Annual statistical returns and brief notes on vaccination in Bengal - 1887-1898
Year: 1887
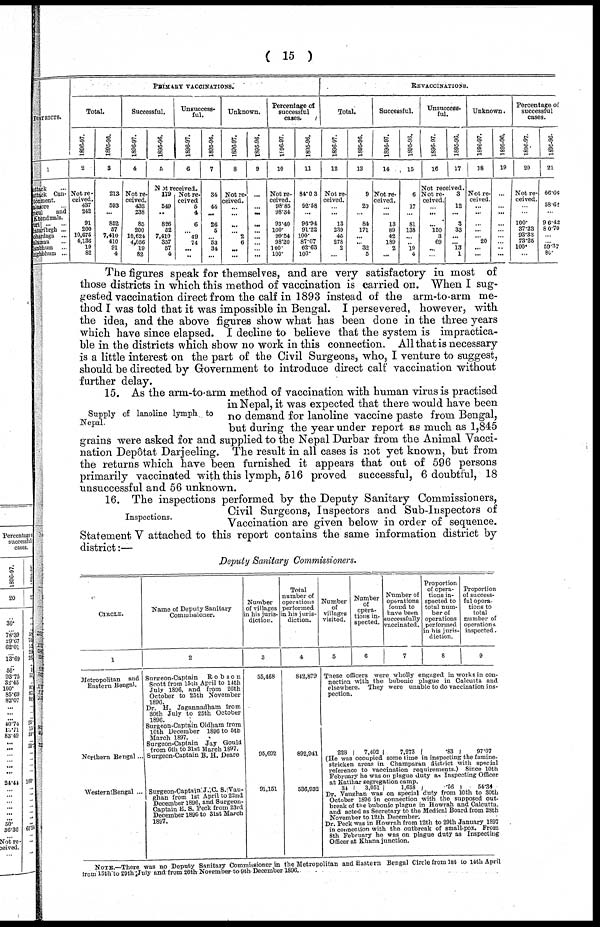
( 15 )
DISTRICTS.
1
Cuttack
...
Cuttack Can-
tonment.
Balasore ...
Agul and
Khondmals.
Puri ... ...
Hajaribrgh ...
Lohardaga ...
Palamau ...
Manbhum ...
Singhbhum ...
PRIMARY VACCINATIONS.
Total.
1896-97.
2
Not re-
ceived.
437 242
91
200
10,675
4,136
19
82
1895-96.
3
213
593
...
852
57
7,410
410
91
4
Successful.
1896-97.
4
Not re-
ceived.
482
238
85
200
10,624
4,056
19
82
1895-96.
5
Unsuccess-
ful.
1896-97.
6
Not received.
179
549
...
826
52
7,410
357
57
4
Not re-
ceived
5
4
6
...
49
74
...
...
1895-96.
7
34
44
...
26
5
...
53
34
...
Unknown.
1896-97.
8
Nor re¬
ceived.
...
...
...
...
2
6
...
...
1895-96.
9
...
...
...
...
...
...
...
...
...
Percentage of
successful
cases.
1996-97.
10
Not re-
ceived.
98.85
98.34
93.40
100.
99.54
98.20
100.
100.
1895-96.
11
84.03
92.58
...
96.94
91.22
100.
87.07
62.63
100.
REVACCINATIONS.
Total.
1896-97.
12
Not re-
ceived.
...
...
13
239
45
278
2
...
1895-96.
13
9
29
...
84
171
...
...
32
5
Successful.
1896-97.
14
Not re-
ceived.
...
...
13
89
42
189
2
...
1895-96.
15
6
17
...
81
138
...
... 19
4
Unsuccess-
ful.
1896-97.
16
1895-96.
17
Not received.
Not re-
ceived.
...
...
...
150
...
69
...
...
3
12
...
3
33
...
...
13
1
Unknown.
1896-97.
18
Not re-
ceived.
...
...
...
...
...
20
...
...
1895-96.
19
...
...
...
...
...
...
...
...
...
Percentage of
successful
cases.
1896-97.
20
Not re-
ceived.
...
...
100.
37.23
93.33
73.25
100.
...
1895-96.
21
66.66
58.62
...
96.42
80.70
...
...
59.37
80.
The figures speak for themselves, and are very satisfactory in most of
those districts in which this method of vaccination is carried on. When I sug-
gested vaccination direct from the calf in 1893 instead of the arm-to-arm me-
thod I was told that it was impossible in Bengal. I persevered, however, with
the idea, and the above figures show what has been done in the three years
which have since elapsed. I decline to believe that the system is impractica-
ble in the districts which show no work in this connection. All that is necessary
is a little interest on the part of the Civil Surgeons, who, I venture to suggest,
should be directed by Government to introduce direct calf vaccination without
further delay.
Supply of lanoline lymph to
Nepal.
15. As the arm-to-arm method of vaccination with human virus is practised
in Nepal, it was expected that there would have been
no demand for lanoline vaccine paste from Bengal,
but during the year under report as much as 1,845
grains were asked for and supplied to the Nepal Durbar from the Animal Vacci-
nation Depôtat Darjeeling. The result in all cases is not yet known, but from
the returns which have been furnished it appears that out of 596 persons
primarily vaccinated with this lymph, 516 proved successful, 6 doubtful, 18
unsuccessful and 56 unknown.
Inspections.
16. The inspections performed by the Deputy Sanitary Commissioners,
Civil Surgeons, Inspectors and Sub-Inspectors of
Vaccination are given below in order of sequence.
Statement V attached to this report contains the same information district by
district:—
Deputy Sanitary Commissioners.
CIRCLE.
1
Metropolitan and
Eastern Bengal.
Northern Bengal ...
WesternlBengal ...
Name of Deputy Sanitary
Commissioner.
2
Surgeon-Captain
Robson
Scott from 15th April to 14th
July 1896, and from 26th
October to 25th November
Dr. H. Jagannadham from
30th July to 25th October
1896.
Surgeon-Captain Oldham from
10th December 1896 to 5th
March 1897.
Surgeon-Captain Jay Gould
from 6th to 31st March 1897.
Surgeon-Captain B. H. Deare
Surgeon-Captain J. C. S. Van¬
ghan from 1st April to 22nd
December 1896, and Surgeon¬
Captain E. S. Peck from 23rd
December 1896 to 31st March
1897.
Number
of villages
in his juris-
diction.
3
55,468
95,692
91,151
Total
number of
operations
performed
in his juris-
diction.
4
842,879
892,941
536,932
Number
of
villages
visited.
5
Number
of
opera-
tions in-
spected.
6
Number of
operations
found to
have been
successfully
vaccinated.
7
Proportion
of opera-
tions in-
spected to
total num-
ber of
operations
performed
in his juris-
diction.
8
Proportion
of success-
ful opera-
tions to
total
number of
operations
inspected.
9
These officers were wholly engaged in works in con-
nection with the bubonic plugue in Calcutta and
elsewhere. They were unable to do vaccination ins-
pection.
223
7,492
7,273
.83
97.07
(He was occupied some time in inspecting the famine¬
stricken areas in Champaran district with special
reference to vaccination requirements.) Since 10th
February he was on plague duty as Inspecting Officer
at Katihar segregation camp.
34
3,051
1,658
.56
54.34
Dr. Vaughan was on special duty from 10th to 30th
October 1896 in connection with the supposed out-
break of the bubonic plague in Howrah and Calcutta,
and acted as Secretary to the Medical Board from 28th
November to 12th December.
Dr. Peck was in Howrah from 12th to 29th January 1897
in connection with the outbreak of small-pox. From
8th February he was on plague duty as Inspecting
Officer at Khana junction.
NOTE.—There was no Deputy Sanitary Commissioner in the Metropolitan and Eastern Bengal Circle from 1st to 14th April
from 15th to 29th July and from 26th November to 9th December 1896.